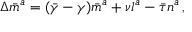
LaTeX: \Delta { \bar { m } } ^ { a } = ( { \bar { \gamma } } - \gamma ) { \bar { m } } ^ { a } + \nu l ^ { a } - { \bar { \tau } } n ^ { a } \, ,